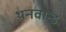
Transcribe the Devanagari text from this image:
थनवान्ड